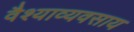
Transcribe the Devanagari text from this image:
वैश्याव्यवसाय